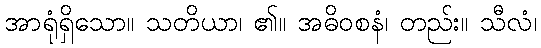
အာရုံရှိသော။ သတိယာ၊ ၏။ အဓိဝစနံ၊ တည်း။ သီလံ၊